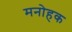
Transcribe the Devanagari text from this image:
मनोहक